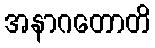
အနာဂတောတိ